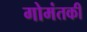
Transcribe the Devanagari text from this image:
गोमंतकी